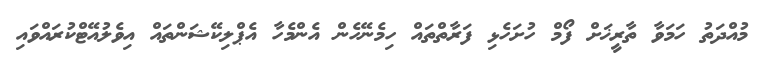
މުއްދަތު ހަމަވާ ތާރީޚަށް ފޯމް ހުށަހެޅި ފަރާތްތައް ހިމެނޭހެން އެންމެހާ އެޕްލިކޭޝަންތައް އިވެލުއޭޓްކުރައްވައި